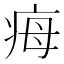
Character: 𤵝